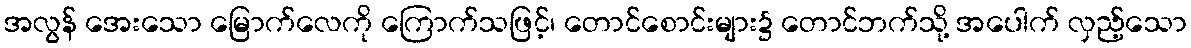
အလွန် အေးသော မြောက်လေကို ကြောက်သဖြင့်၊ တောင်စောင်းများ၌ တောင်ဘက်သို့ အပေါက် လှည့်သော